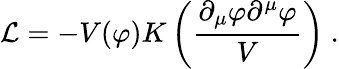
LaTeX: {\cal L}=-V(\varphi)K\left({\frac{\partial_{\mu}\varphi\partial^{\mu}\varphi}{V}}\right)\ .